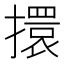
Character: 擐